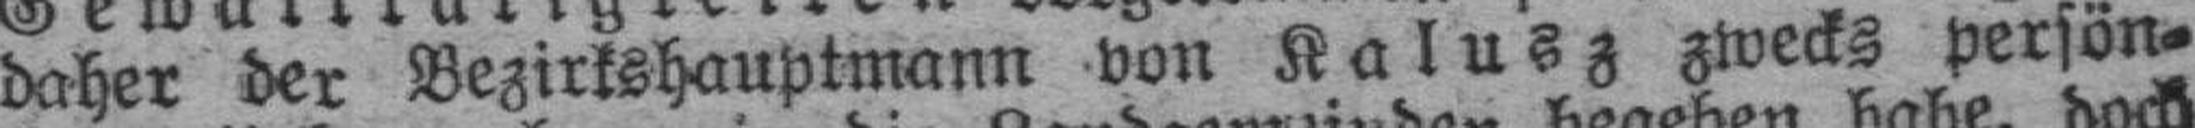
daher der Bezirkshauptmann von Kalusz zwecks persön¬